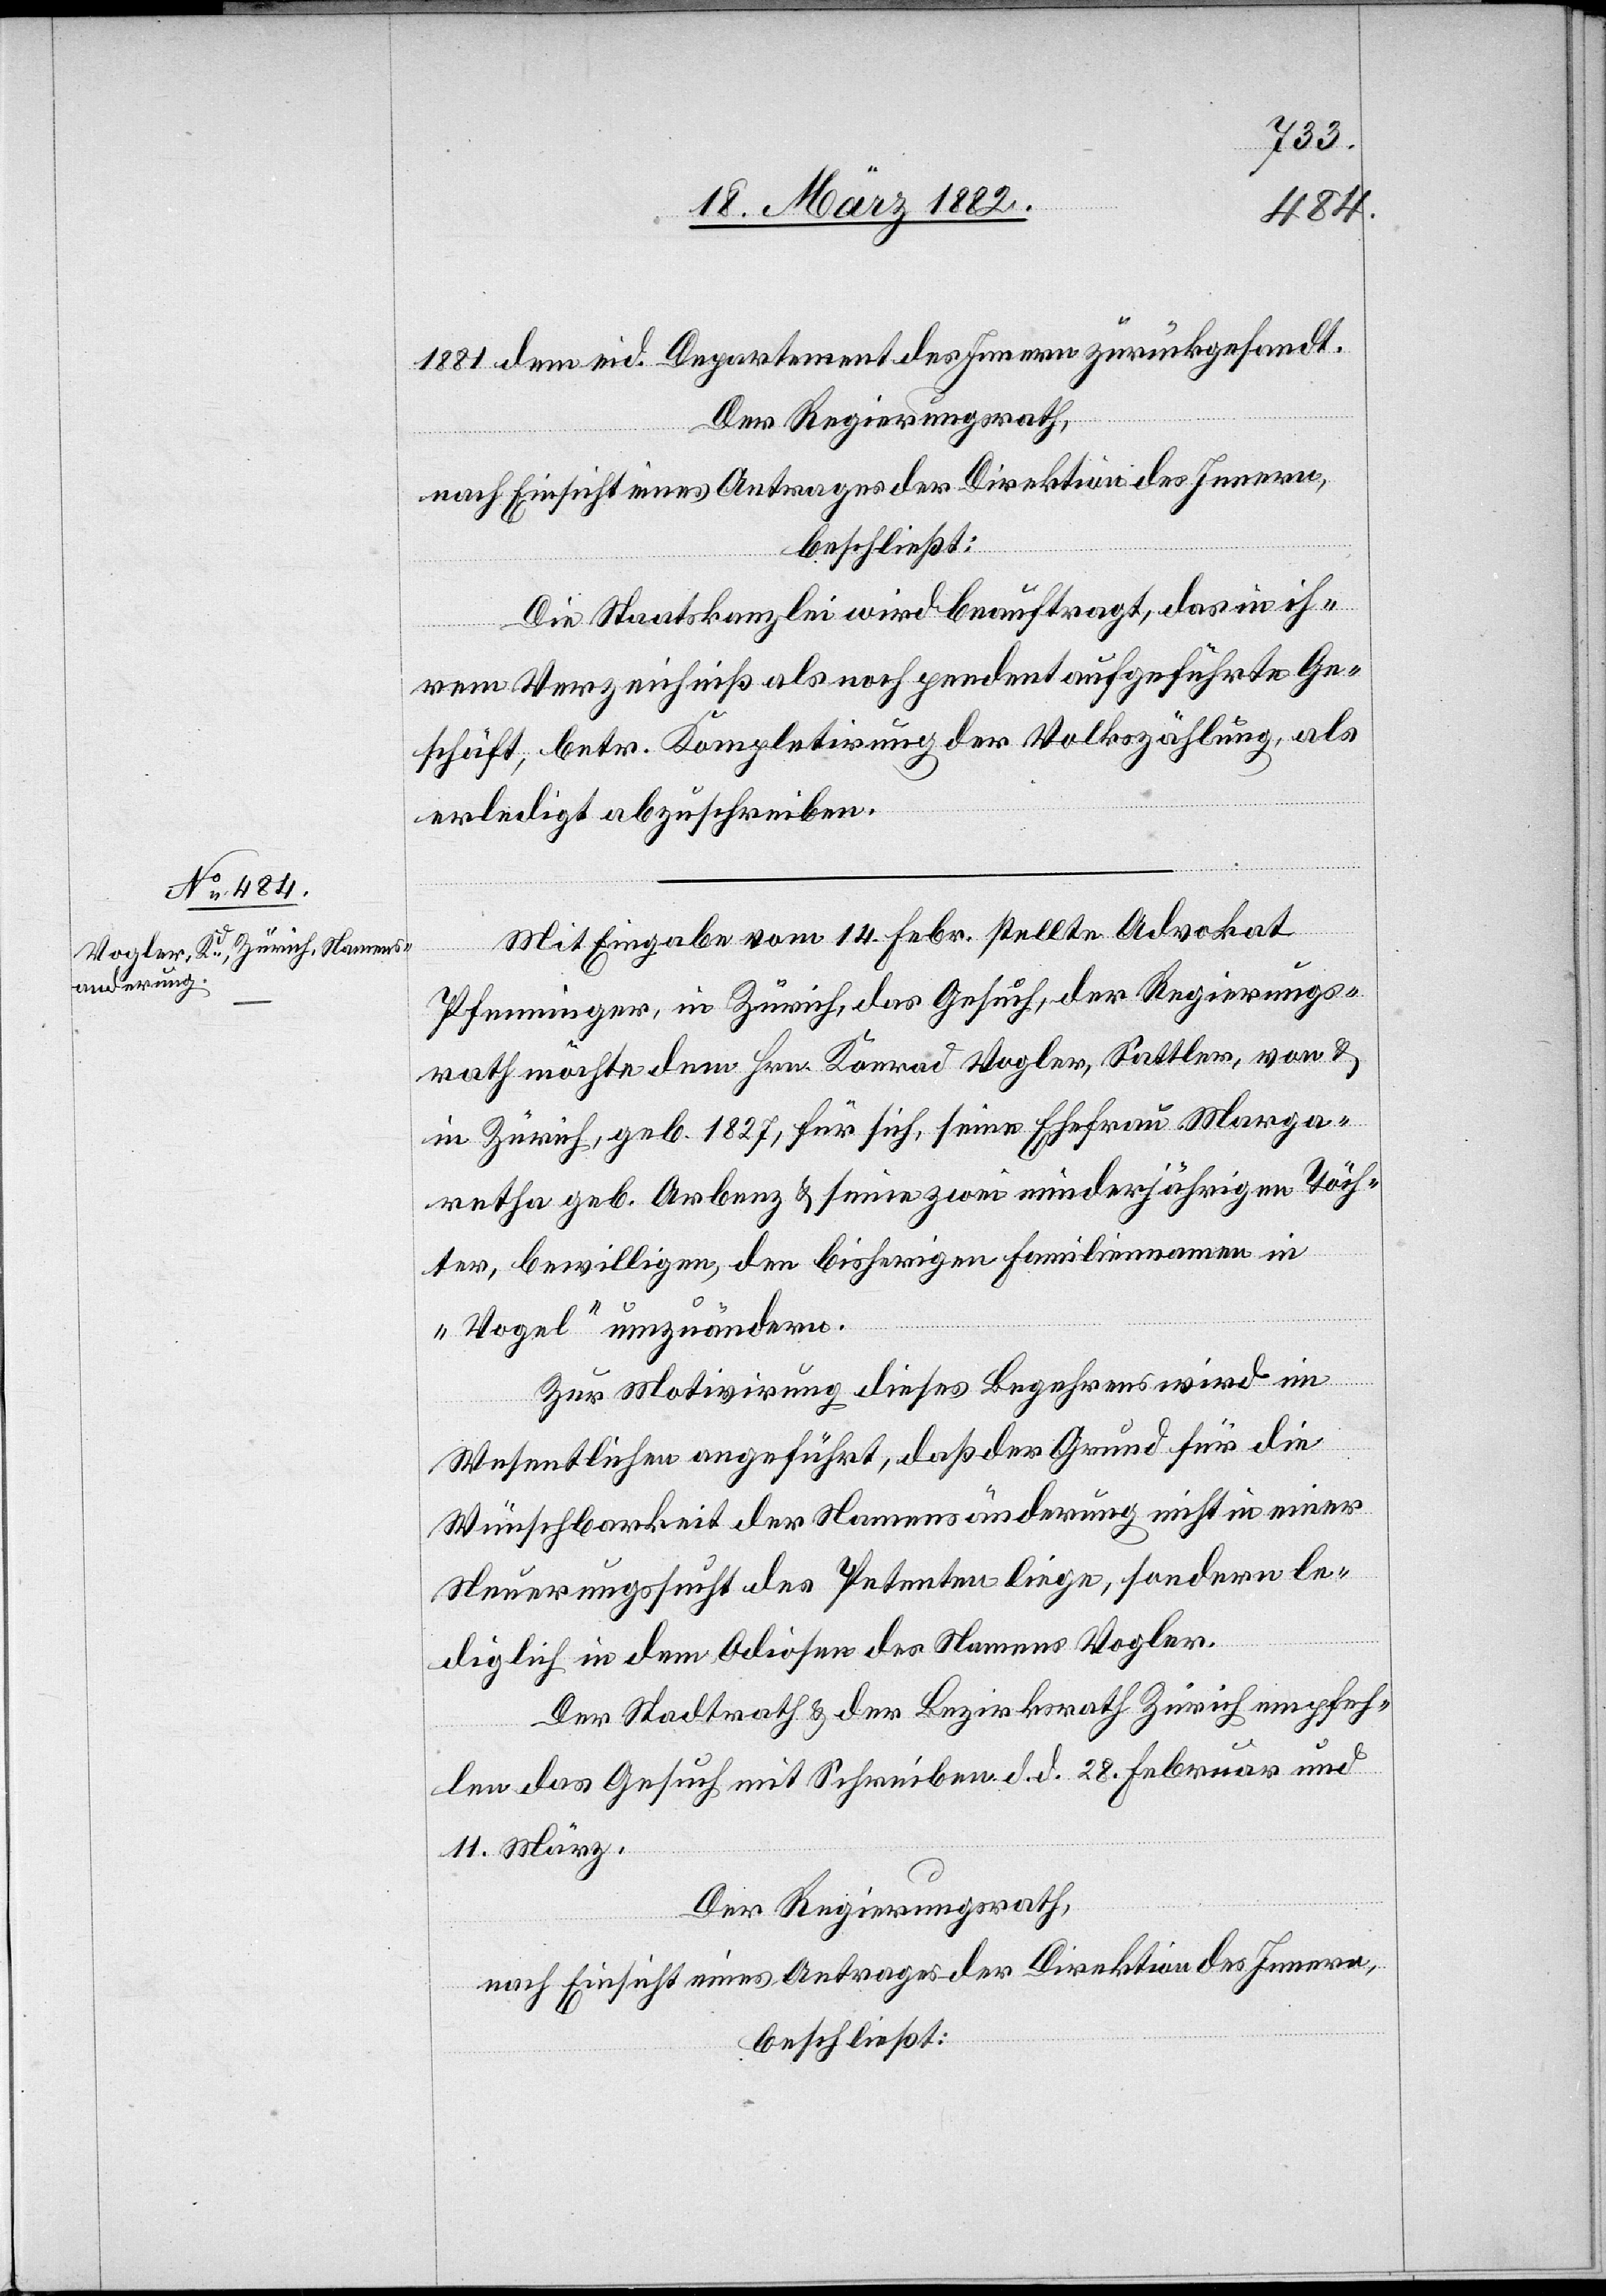
1881 dem eid. Departement des Innern zurückgesandt.
Der Regierungsrath,
nach Einsicht eines Antrages der Direktion des Innern,
beschließt:
Die Staatskanzlei wird beauftragt, das in ih¬
rem Verzeichniß als noch pendent aufgeführte Ge¬
schäft, betr. Kompletirung der Volkszählung, als
erledigt abzuschreiben.
Mit Eingaben vom 14. Febr. stellte Advokat
Pfenninger, in Zürich, das Gesuch, der Regierungs¬
rath möchte dem Hrn. Konrad Vogler, Sattler, von &
in Zürich, geb. 1827, für sich, seiner Ehefrau Marga¬
retha geb. Arbenz & seinen zwei minderjährigen Töch¬
tern, bewilligen, den bisherigen Familiennamen in
„Vogel“ umzuändern.
Zur Motivirung dieses Begehrens wird im
Wesentlichen angeführt, daß der Grund für die
Wünschbarkeit der Namensänderung nicht in einer
Neuerungssucht des Petenten liege, sondern le¬
diglich in dem Odiosen des Namens Vogler.
Der Stadtrath & der Bezirksrath Zürich empfeh¬
len das Gesuch mit Schreiben d. d. 28. Februar und
11. März.
Der Regierungsrath,
nach Einsicht eines Antrages der Direktion des Innern,
beschließt: